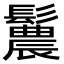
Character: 鬞